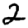
Digit: 2